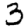
Digit: 3